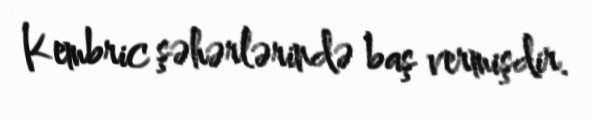
Kembric şəhərlərində baş vermişdir.